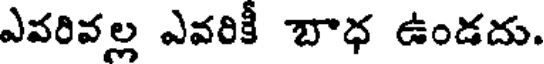
ఎవరివల్ల ఎవరికీ బాధ ఉండదు.